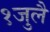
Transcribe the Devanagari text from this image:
१जुलै